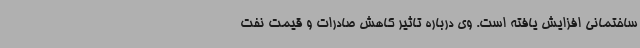
ساختمانی افزایش یافته است. وی درباره تاثیر کاهش صادرات و قیمت نفت